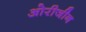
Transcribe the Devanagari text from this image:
ओरीजीन